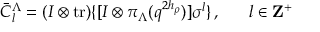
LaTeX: \bar { C } _ { l } ^ { \Lambda } = ( I \otimes \mathrm { t r } ) \{ [ I \otimes \pi _ { \Lambda } ( q ^ { 2 h _ { \rho } } ) ] \sigma ^ { l } \} \, , ~ ~ ~ ~ ~ l \in { \bf Z } ^ { + }